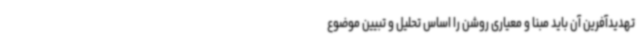
تهدیدآفرین آن باید مبنا و معیاری روشن را اساس تحلیل و تبیین موضوع